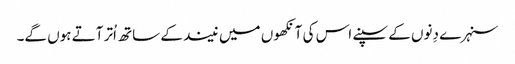
سنہرے دِنوں کے سپنے اس کی آنکھوں میں نیند کے ساتھ اُتر آتے ہوں گے۔